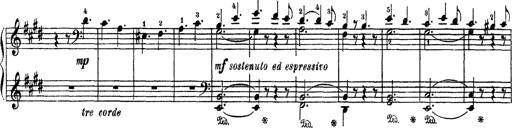
Title: AnnÃ©es de PÃ¨lerinage III
Composer: Franz Liszt